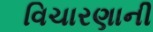
વિચારણાની